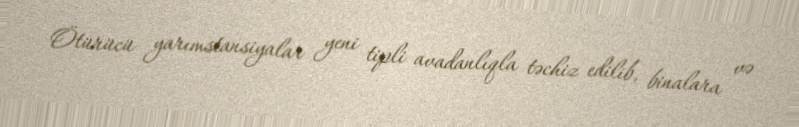
Ötürücü yarımstansiyalar yeni tipli avadanlıqla təchiz edilib, binalara və